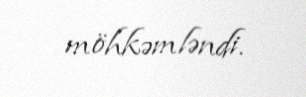
möhkəmləndi.